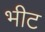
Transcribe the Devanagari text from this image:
भीट